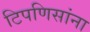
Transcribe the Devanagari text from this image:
टिपणिसांना